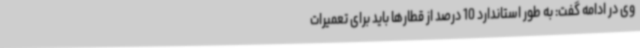
وی در ادامه گفت: به‌ طور استاندارد 10 درصد از قطارها باید برای تعمیرات